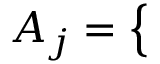
A _ { j } = \left\{ \begin{array} { l l } { \begin{array} { r l r } \end{array} } \end{array} \right.